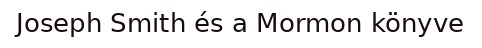
Joseph Smith és a Mormon könyve